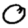
Digit: 0